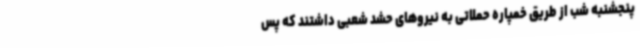
پنجشنبه شب از طریق خمپاره حملاتی به نیروهای حشد شعبی داشتند که پس